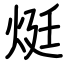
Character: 烶